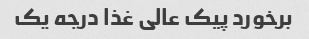
برخورد پیک عالی غذا درجه یک